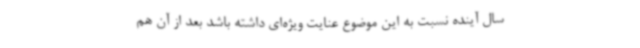
سال آینده نسبت به این موضوع عنایت ویژه‌ای داشته باشد بعد از آن هم